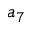
a _ { 7 }